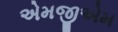
એમજીએમ